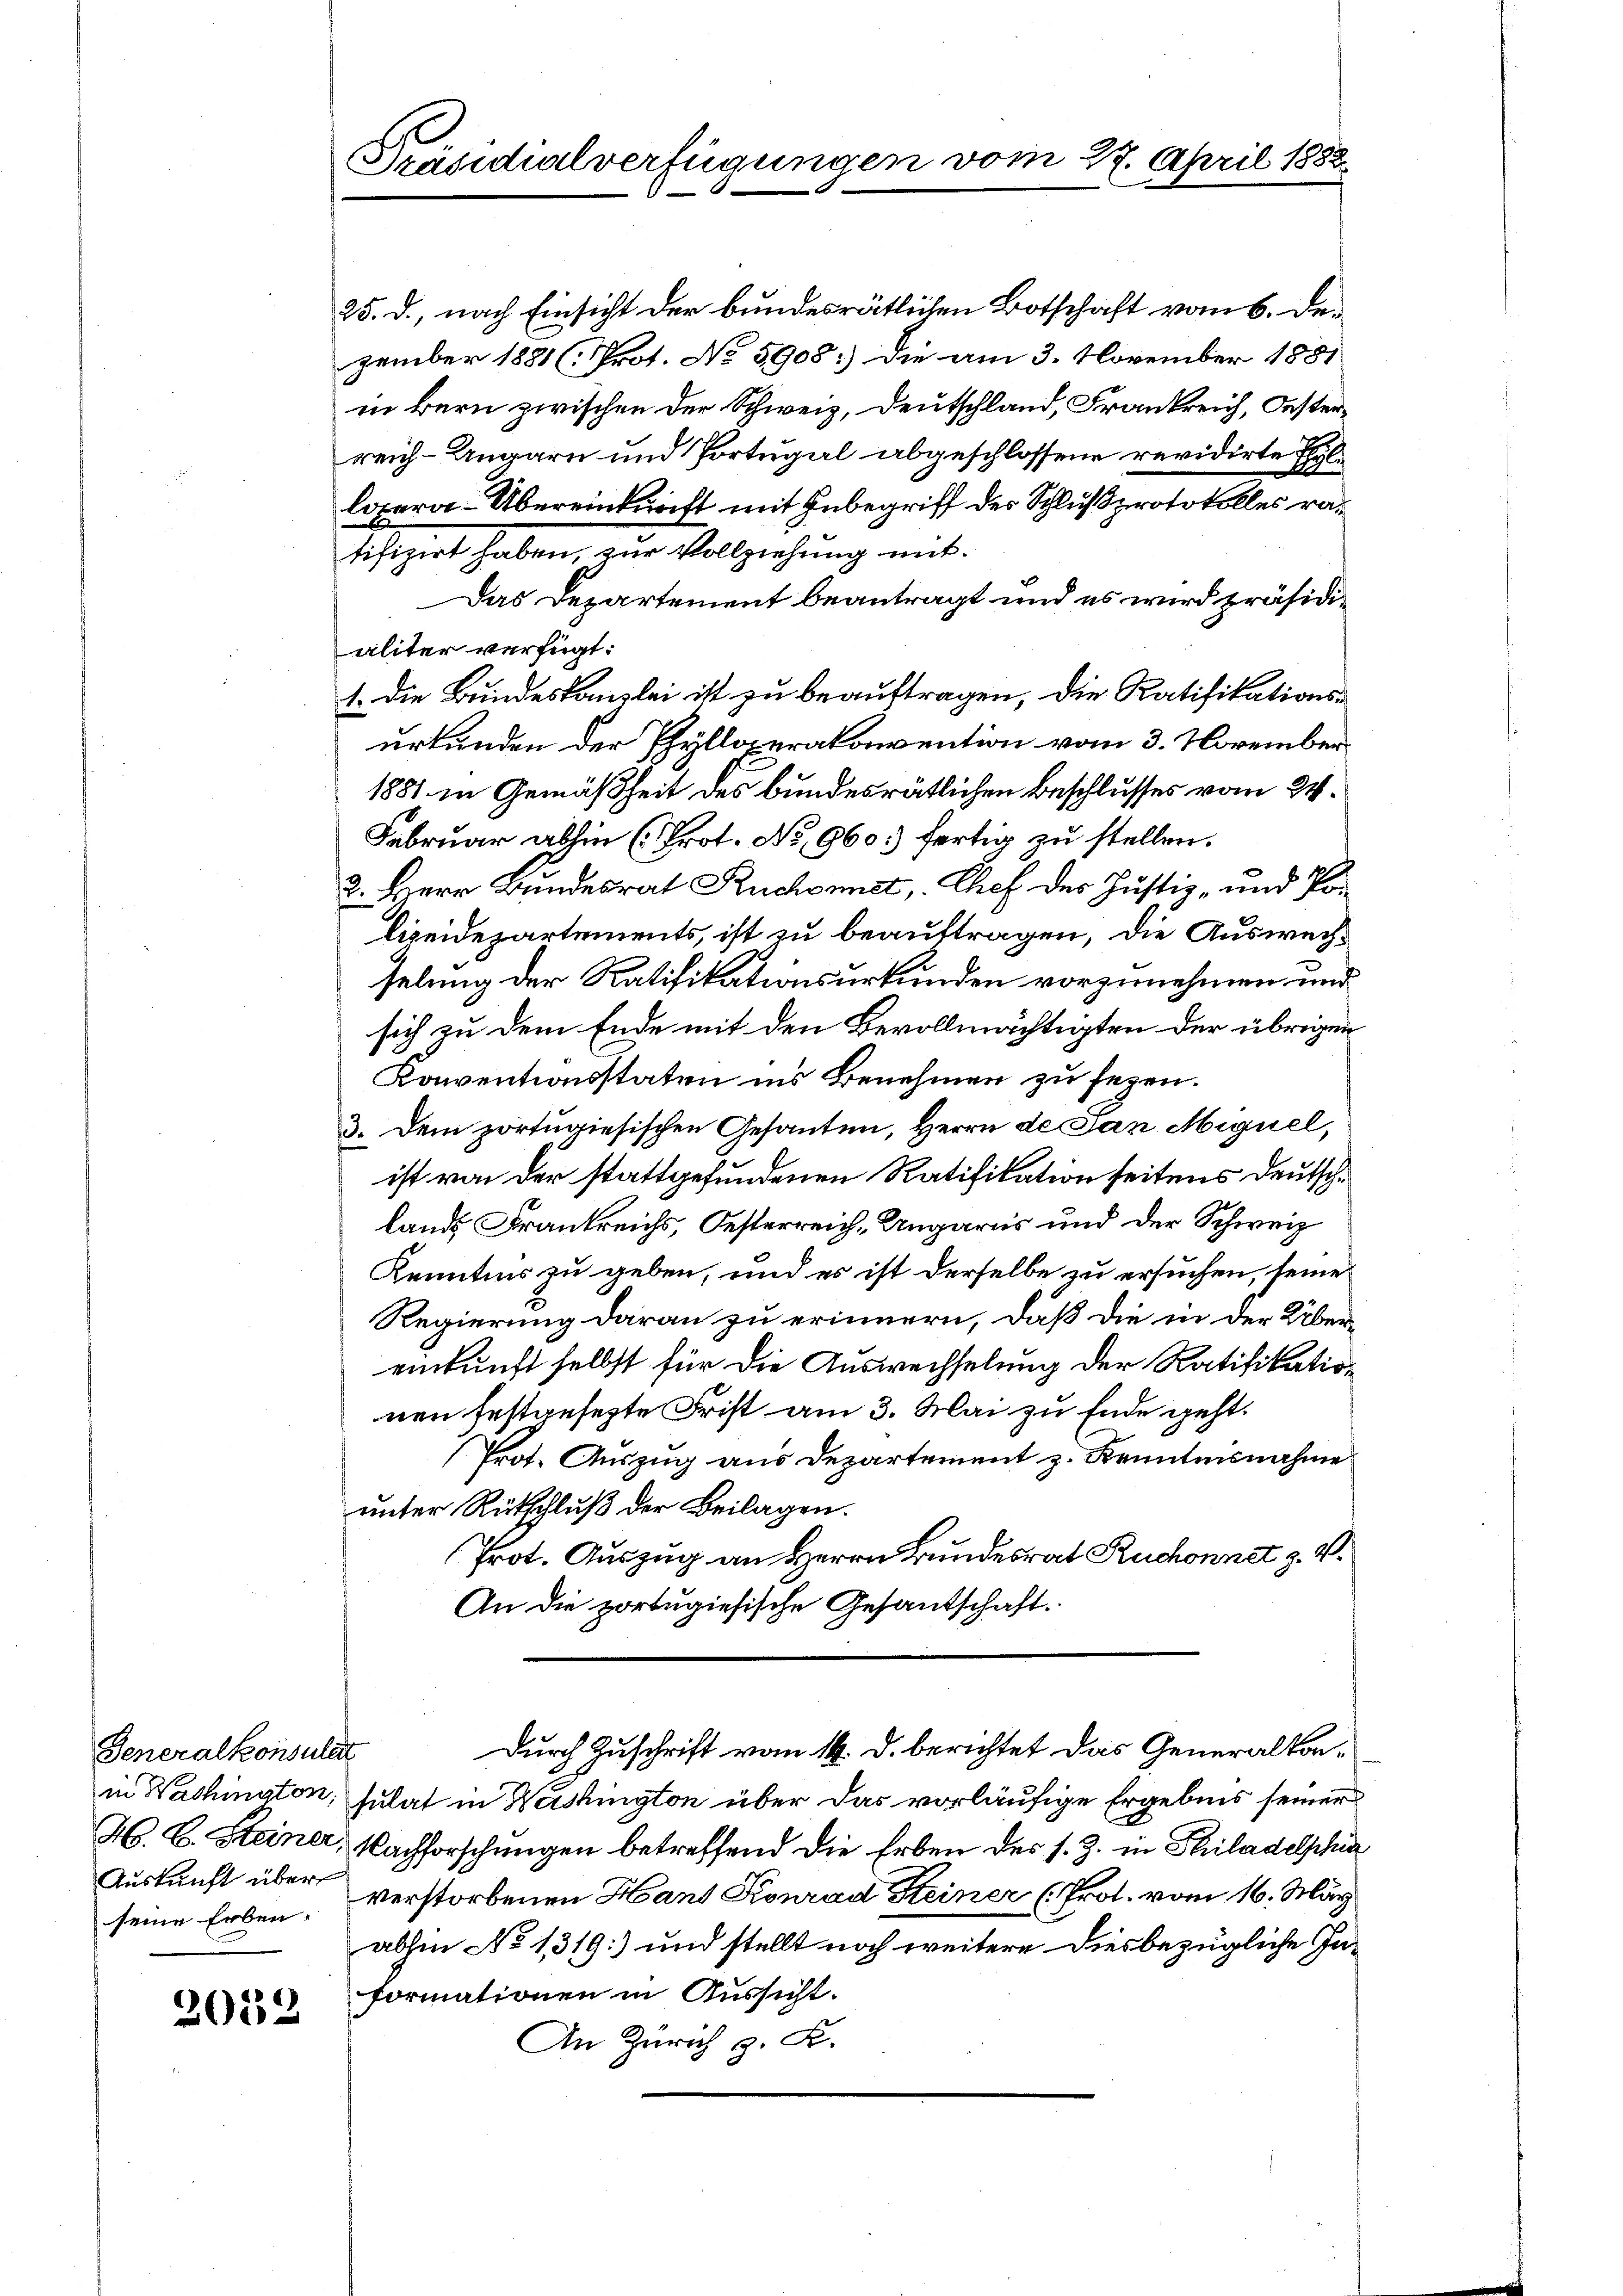
Generalkonsulat
Auskunft über

2012

tifizirt haben, zur Vollziehung mit¬
Das Departement beantragt und es wird präsidialiter verfügt:
1. Die Bundeskanzlei ist zu beauftragen, die Ratifikationsurkunden der Phylloperakonvention vom 3. November
1851 in Gemäßheit des bundesrätlichen Beschlusses vom 24.
Februar abhin (Prot. No. 960. fertig zu stellen.
2. Herr Bundesrat Ruchonnst, " Chef des Justiz- und Polizeidepartements, ist zu beauftragen, die Auswechselung der Ratifikationsurkunden vorzunehmen und
sich zu dem Ende mit den Bevollmächtigten der übrigen
Konventionsstaten ins Benehmen zu sezen.
3. Dem zortugiesischen Gesanten, Herrn de Jan Miguel,
ist von der stattgefundenen Ratifikation seitens deutsch¬
Lands Frankreichs, Oesterreich, Ungaris und der Schweiz
Kenntnis zu geben, und es ist derselbe zu ersuchen, seine
Regierung daran zu erinnern, daß die in der Übereinkunft selbst für die Auswechselung der Ratifikation
nen festgesezte Frist am 3. Mai zu Ende geht.
Prot. Auszug aus Departement z. Kenntnisnahme
unter Rükschluß der Beilagen.
Prot. Auszug an Herrn Bundesrat Ruchonnet z. V.
An die portugiesische Gesandschaft.
Durch Zuschrift vom 14. d. berichtet das Generalkonin Washington, sulat in Washington über das vorläufige Ergebnis seiner
H. E. Steiner, Nachforschungen betreffend die Erben des s. Z. in Philadelschin
seine Erben. Verstorbenen Hand Konrad Steiner (Prot. vom 16. März
abhin No 1319) und stellt noch weitere diesbezügliche Informationen in Aussicht.
An Zürich z. K.

Präsidialverfügungen vom 27. April 1882

25. d., nach Einsicht der bundesrätlichen Botschaft vom 6. Dezember 1881 (Prot. No. 5908) die am 3. November 1881
in Bern zwischen der Schweiz, Deutschland, Frankreich, Oesterreich-Ungarn und Portugal abgeschlossene revidirte E
lopera-Übereinkunft mit Inbegriff des Schlußprotokolles ra¬